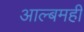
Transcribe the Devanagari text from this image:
आल्बमही